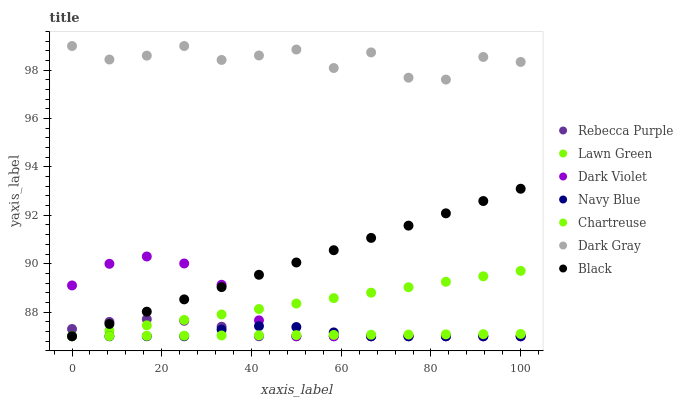
| xaxis_label | Rebecca Purple | Lawn Green | Dark Violet | Navy Blue | Chartreuse | Dark Gray | Black |
 | --- | --- | --- | --- | --- | --- | --- | --- |
 | 0 | 87.3 | 87 | 89.1 | 87 | 87 | 99 | 87 |
 | 8.33 | 87.6 | 87.2 | 90 | 87 | 87 | 98.4 | 87.5 |
 | 16.7 | 87.7 | 87.5 | 90.3 | 87 | 87 | 98.6 | 88 |
 | 25 | 87.6 | 87.7 | 90 | 87 | 87 | 99 | 88.5 |
 | 33.3 | 87.4 | 87.9 | 89.1 | 87.3 | 87 | 98.4 | 89 |
 | 41.7 | 87 | 88.1 | 87.7 | 87.4 | 87 | 98.6 | 89.5 |
 | 50 | 87 | 88.4 | 87 | 87.4 | 87 | 98.9 | 90 |
 | 58.3 | 87 | 88.6 | 87 | 87.2 | 87.1 | 98.1 | 90.6 |
 | 66.7 | 87 | 88.8 | 87 | 87 | 87.1 | 98.7 | 91.1 |
 | 75 | 87 | 89 | 87 | 87 | 87.1 | 97.7 | 91.6 |
 | 83.3 | 87 | 89.3 | 87 | 87 | 87.1 | 97.6 | 92.1 |
 | 91.7 | 87 | 89.5 | 87 | 87 | 87.1 | 98.5 | 92.6 |
 | 100 | 87 | 89.7 | 87 | 87 | 87.1 | 98.3 | 93.1 |